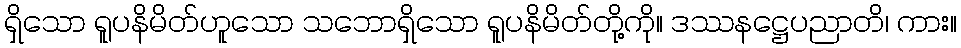
ရှိသော ရူပနိမိတ်ဟူသော သဘောရှိသော ရူပနိမိတ်တို့ကို။ ဒဿနဋ္ဌေပညာတိ၊ ကား။